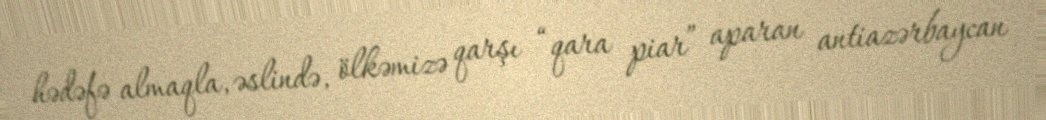
hədəfə almaqla, əslində, ölkəmizə qarşı “qara piar” aparan antiazərbaycan